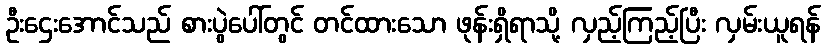
ဦးဌေးအောင်သည် စားပွဲပေါ်တွင် တင်ထားသော ဖုန်းရှိရာသို့ လှည့်ကြည့်ပြီး လှမ်းယူရန်